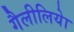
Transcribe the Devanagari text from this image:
गैलीलियेा